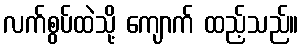
လက်စွပ်ထဲသို့ ကျောက် ထည့်သည်။